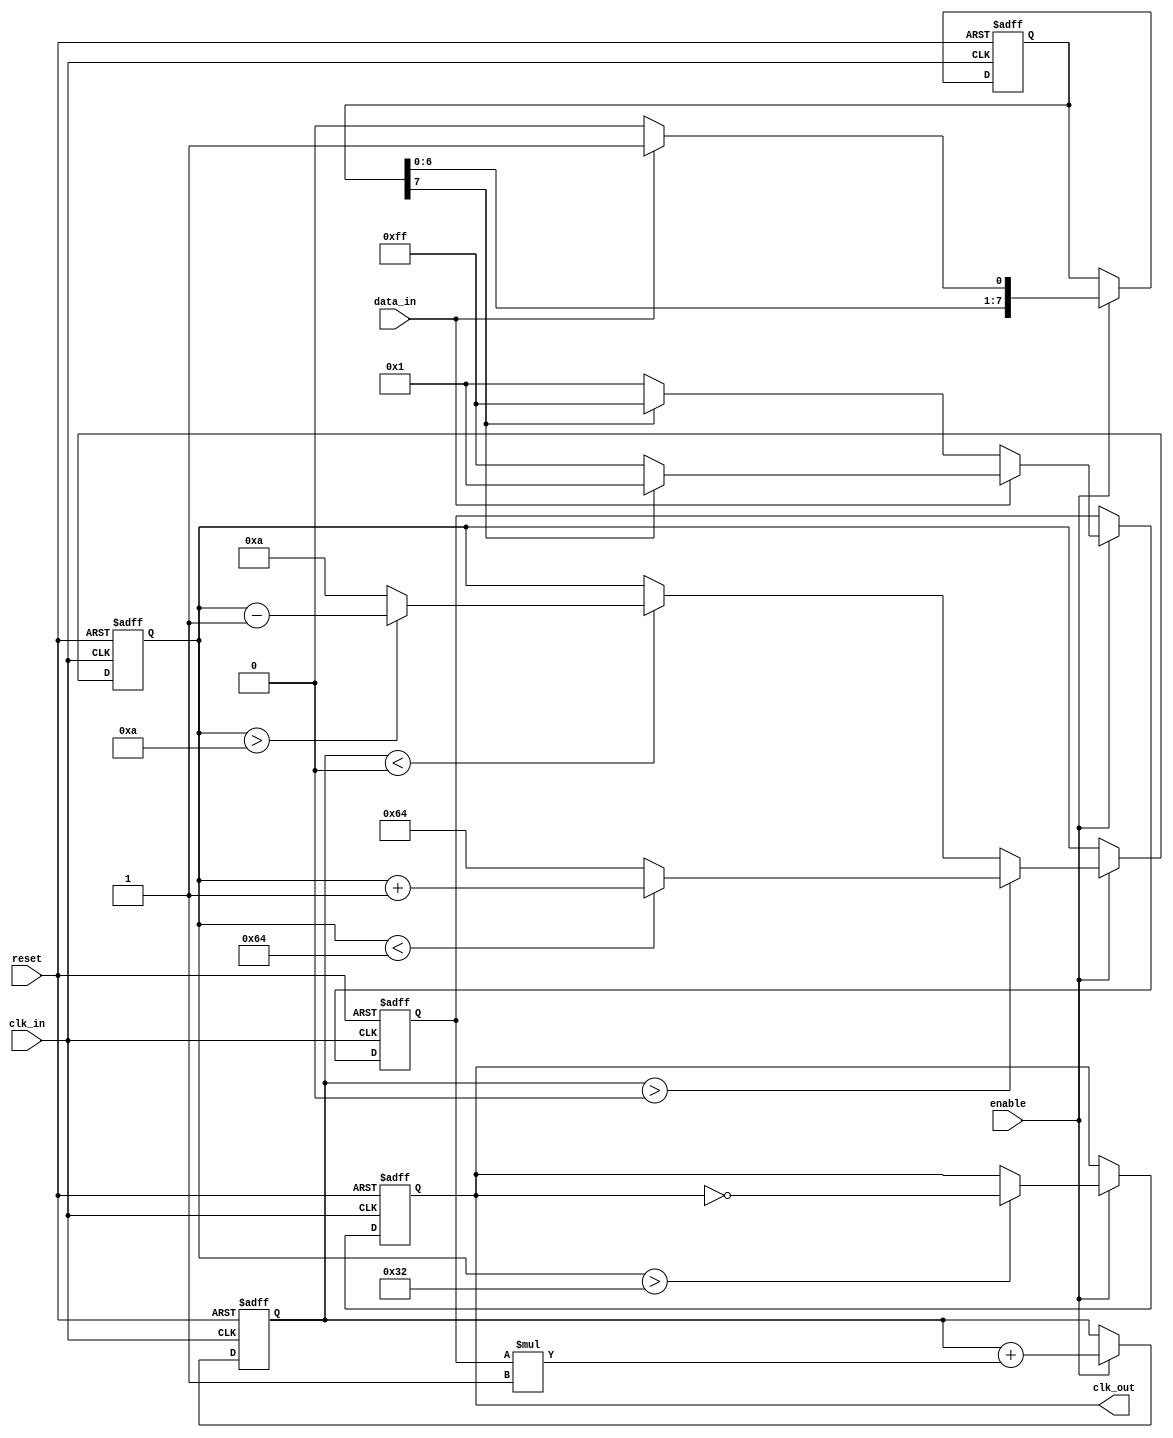
module ClockRecoveryPLL (
    input wire clk_in,           // Incoming data clock
    input wire data_in,          // Incoming data signal
    output reg clk_out,          // Output clock signal
    input wire reset,            // Reset signal
    input wire enable            // Enable signal for the PLL
);

// Parameters
parameter PHASE_MEMORY_SIZE = 8; // Size of the phase memory
parameter VCO_MAX_FREQ = 100;     // Max frequency for VCO
parameter VCO_MIN_FREQ = 10;      // Min frequency for VCO
parameter LOOP_FILTER_GAIN = 1;   // Gain for the loop filter

// Internal signals
reg [PHASE_MEMORY_SIZE-1:0] phase_memory; // Phase memory block
reg [7:0] phase_error;                    // Phase error signal
reg [7:0] control_voltage;                 // Control voltage for VCO
reg [7:0] vco_output;                     // VCO output frequency
reg [7:0] loop_filter_output;             // Output of the loop filter

// Phase Detector
always @(posedge clk_in or posedge reset) begin
    if (reset) begin
        phase_memory <= 0;
        phase_error <= 0;
    end else if (enable) begin
        // Simple phase comparison logic
        if (data_in) begin
            phase_memory <= {phase_memory[PHASE_MEMORY_SIZE-2:0], 1'b1}; // Store phase info
            phase_error <= phase_memory[PHASE_MEMORY_SIZE-1] ? 8'b00000001 : 8'b11111111; // Example phase error
        end else begin
            phase_memory <= {phase_memory[PHASE_MEMORY_SIZE-2:0], 1'b0}; // Store phase info
            phase_error <= phase_memory[PHASE_MEMORY_SIZE-1] ? 8'b11111111 : 8'b00000001; // Example phase error
        end
    end
end

// Loop Filter
always @(posedge clk_in or posedge reset) begin
    if (reset) begin
        loop_filter_output <= 0;
    end else if (enable) begin
        loop_filter_output <= loop_filter_output + (phase_error * LOOP_FILTER_GAIN);
    end
end

// Voltage-Controlled Oscillator (VCO)
always @(posedge clk_in or posedge reset) begin
    if (reset) begin
        vco_output <= VCO_MIN_FREQ; // Start at min frequency
    end else if (enable) begin
        // Adjust VCO output based on control voltage
        if (loop_filter_output > 0) begin
            vco_output <= (vco_output < VCO_MAX_FREQ) ? vco_output + 1 : VCO_MAX_FREQ;
        end else if (loop_filter_output < 0) begin
            vco_output <= (vco_output > VCO_MIN_FREQ) ? vco_output - 1 : VCO_MIN_FREQ;
        end
    end
end

// Output Stage
always @(posedge clk_in or posedge reset) begin
    if (reset) begin
        clk_out <= 0;
    end else if (enable) begin
        // Generate output clock based on VCO output
        clk_out <= (vco_output > 50) ? ~clk_out : clk_out; // Example toggle condition
    end
end

endmodule